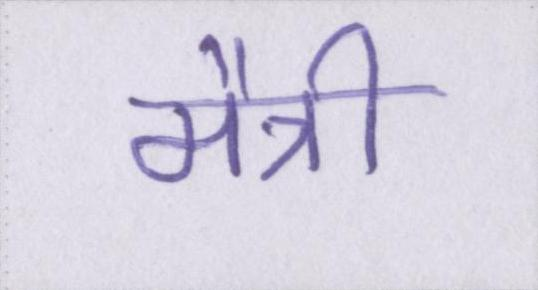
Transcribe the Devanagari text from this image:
मैत्री